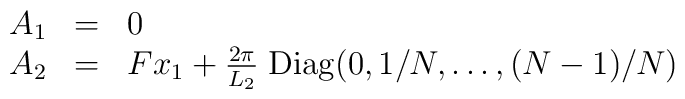
\begin{array}{lll}A_1 & = & 0  \\A_2 & = & F x_1 + \frac{2 \pi}{L_2}  \;{\rm Diag} (0,  1/N, \ldots, (N -1)/N)\end{array}